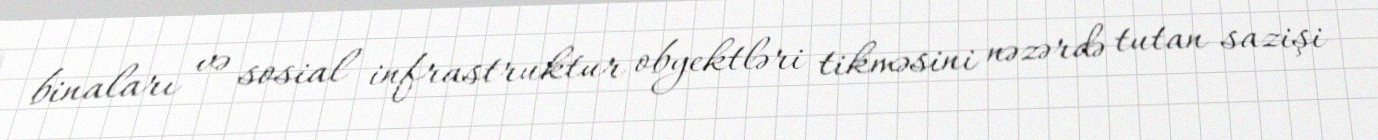
binaları və sosial infrastruktur obyektləri tikməsini nəzərdə tutan sazişi